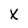
Character: X